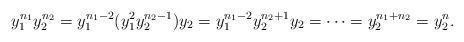
LaTeX: \begin{align*}y_1^{n_1}y_2^{n_2}= y_1^{n_1-2}(y_1^2y_2^{n_2-1})y_2= y_1^{n_1-2}y_2^{n_2+1}y_2= \cdots= y_2^{n_1+n_2}= y_2^n. \end{align*}